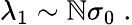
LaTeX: \lambda_{1}\sim\mathbb{N}\sigma_{0}\; .